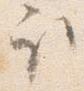
取